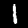
Label: 1